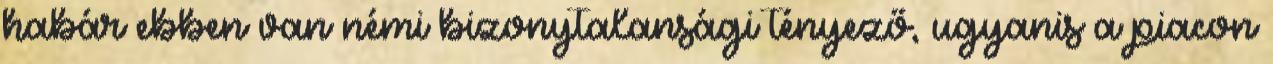
habár ebben van némi bizonytalansági tényező, ugyanis a piacon